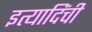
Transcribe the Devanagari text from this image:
इत्यादिंची